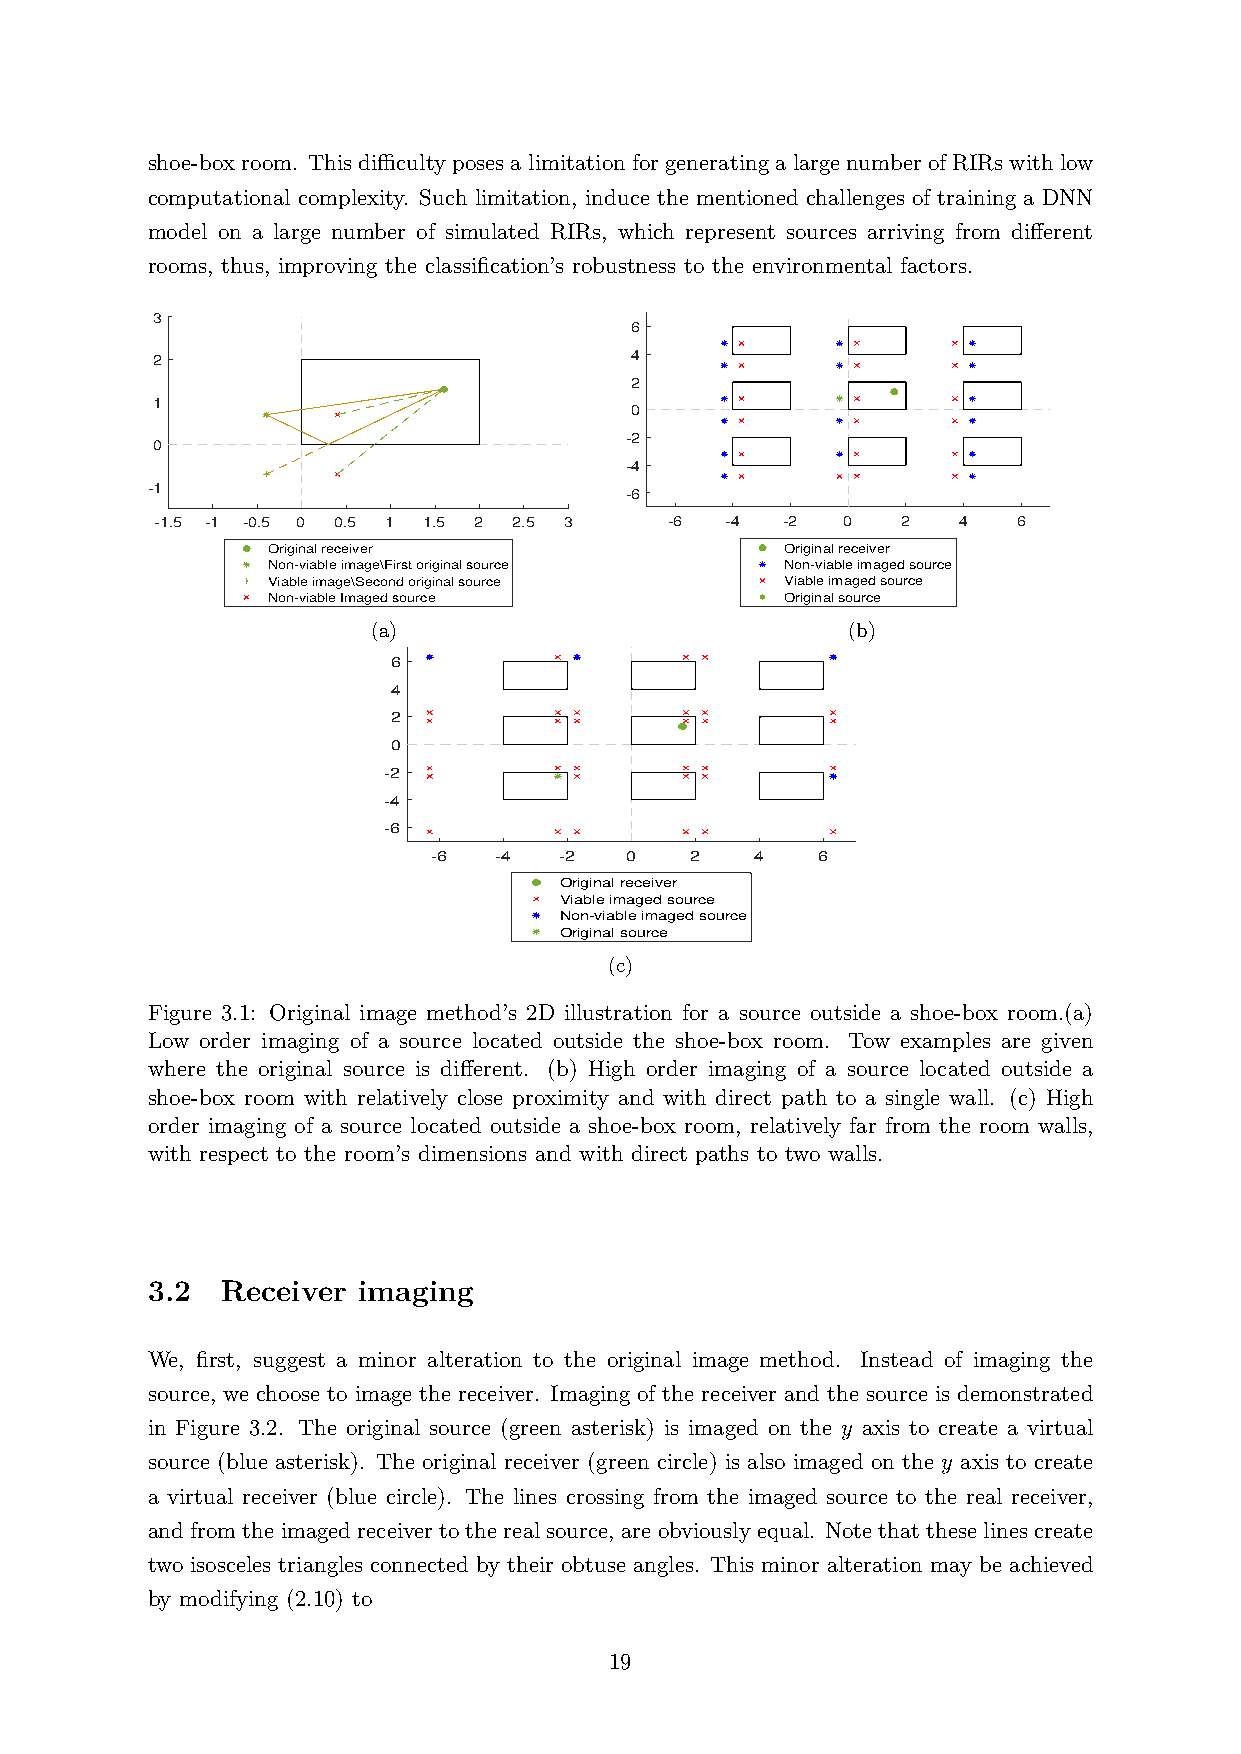
shoe-boxroom. ThisdiﬀicultyposesalimitationforgeneratingalargenumberofRIRswithlow
 computational complexity. Such limitation, induce the mentioned challenges of training a DNN
 model on a large number of simulated RIRs, which represent sources arriving from different
 rooms, thus, improving the classification’s robustness to the environmental factors.
 3
 6
 2                               4
 2
 1
 0
 -2
 0
 -4
 -1                             -6
 -1.5 -1 -0.5 0 0.5 1 1.5 2 2.5 3  -6  -4  -2  0   2  4   6
 Original receiver                 Original receiver
 Non-viable image\First original source Non-viable imaged source
 Viable image\Second original source Viable imaged source
 Non-viable Imaged source          Original source
 (a)                            (b)
 6
 4
 2
 0
 -2
 -4
 -6
 -6  -4  -2  0    2   4   6
 Original receiver
 Viable imaged source
 Non-viable imaged source
 Original source
 (c)
 Figure 3.1: Original image method’s 2D illustration for a source outside a shoe-box room.(a)
 Low order imaging of a source located outside the shoe-box room. Tow examples are given
 where the original source is different. (b) High order imaging of a source located outside a
 shoe-box room with relatively close proximity and with direct path to a single wall. (c) High
 order imaging of a source located outside a shoe-box room, relatively far from the room walls,
 with respect to the room’s dimensions and with direct paths to two walls.
 3.2  Receiver imaging
 We, first, suggest a minor alteration to the original image method. Instead of imaging the
 source, we choose to image the receiver. Imaging of the receiver and the source is demonstrated
 in Figure 3.2. The original source (green asterisk) is imaged on the y axis to create a virtual
 source (blue asterisk). The original receiver (green circle) is also imaged on the y axis to create
 a virtual receiver (blue circle). The lines crossing from the imaged source to the real receiver,
 andfromtheimagedreceivertotherealsource, areobviouslyequal. Notethattheselinescreate
 two isosceles triangles connected by their obtuse angles. This minor alteration may be achieved
 by modifying (2.10) to
 19